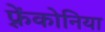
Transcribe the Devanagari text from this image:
फ़्रेंकोनिया